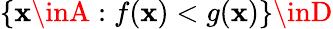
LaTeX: \{ \mathbf{x}\inA:f(\mathbf{x})<g(\mathbf{x})\} \inD